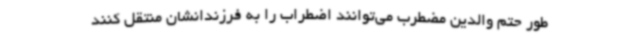
طور حتم والدین مضطرب می‌توانند اضطراب را به فرزندانشان منتقل کنند